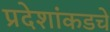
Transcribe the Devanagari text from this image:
प्रदेशांकडचे